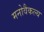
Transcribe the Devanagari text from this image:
मनोवैकल्य